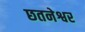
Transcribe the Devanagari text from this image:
छतनेश्वर